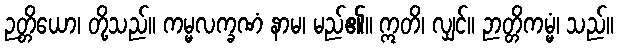
ဉတ္တိယော၊ တို့သည်။ ကမ္မလက္ခဏံ နာမ၊ မည်၏။ ဣတိ၊ လျှင်။ ဉာတ္တိကမ္မံ၊ သည်။